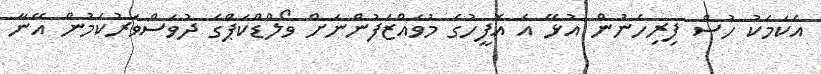
އެކަމަކު ހުސް ފިރިހެނުން އުޅޭ އެ އޮފީހުގެ މުވައްޒަފުންނަށް ވޯލްޑްކަޕްގެ ދުވަސްވަރުކަމުން އޭނާ